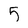
Character: 5